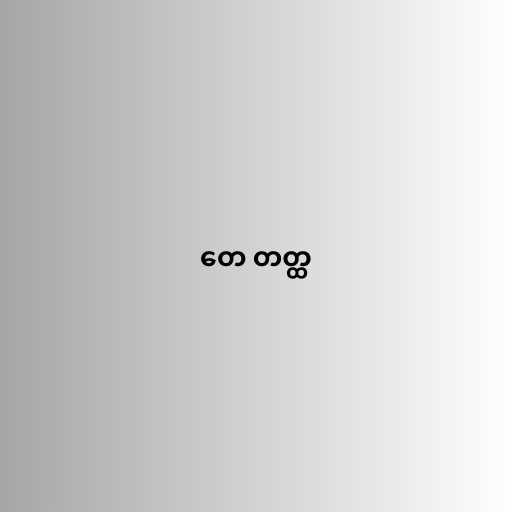
တေ တတ္ထ